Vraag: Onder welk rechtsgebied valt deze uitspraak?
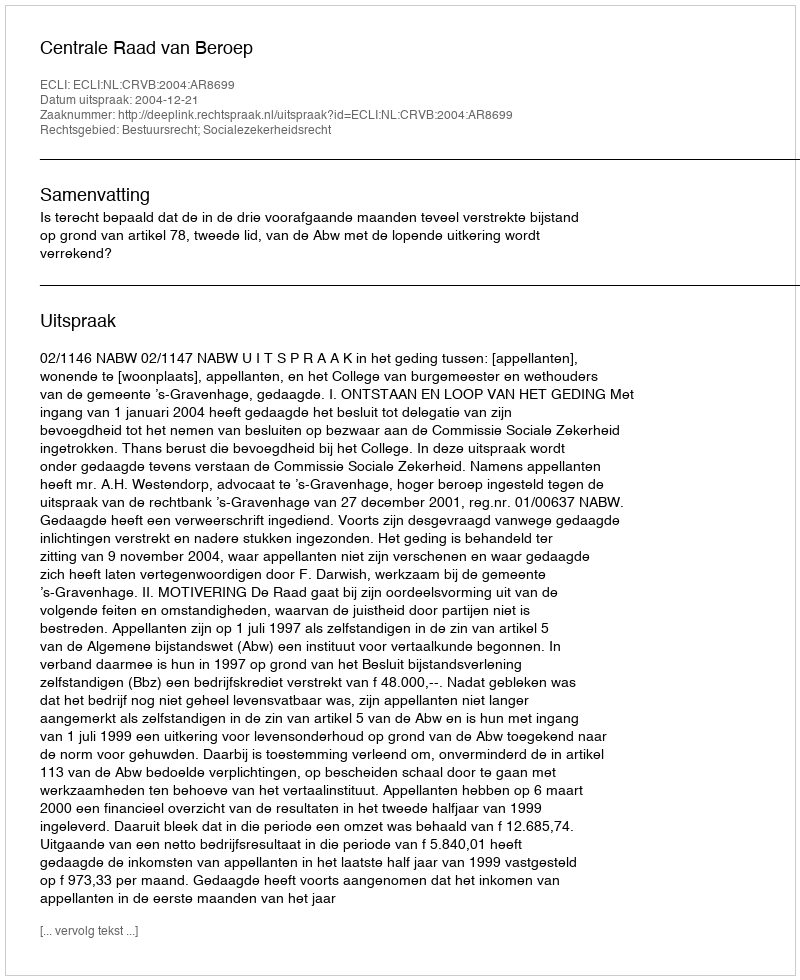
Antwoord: Bestuursrecht; Socialezekerheidsrecht